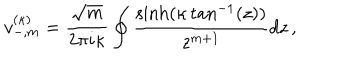
v _ { - , m } ^ { ( \kappa ) } = \frac { \sqrt { m } } { 2 \pi i \kappa } \oint \frac { \sinh ( \kappa \tan ^ { - 1 } ( z ) ) } { z ^ { m + 1 } } d z \, ,